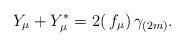
LaTeX: \begin{align*} Y_\mu + Y_\mu^* = 2(\, f_\mu)\,\gamma_{(2m)} . \end{align*}